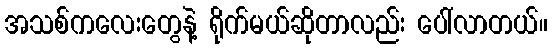
အသစ်ကလေးတွေနဲ့ ရိုက်မယ်ဆိုတာလည်း ပေါ်လာတယ်။